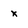
Character: x